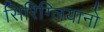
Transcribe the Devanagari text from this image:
सिरिग्लियानो